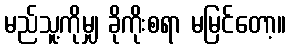
မည်သူ့ကိုမျှ ခိုကိုးစရာ မမြင်တော့။